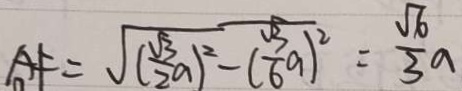
A F = \sqrt { ( \frac { \sqrt { 3 } } { 2 } a ) ^ { 2 } - ( \frac { \sqrt { 3 } } { 6 } a ) ^ { 2 } } = \frac { \sqrt { 6 } } { 3 } a